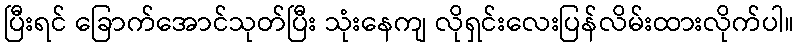
ပြီးရင် ခြောက်အောင်သုတ်ပြီး သုံးနေကျ လိုရှင်းလေးပြန်လိမ်းထားလိုက်ပါ။